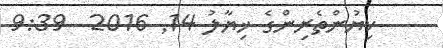
ކިޔުންތެރިންގެ ޚިޔާލު 14